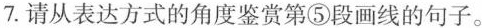
7.请从表达方式的角度鉴赏第⑤段画线的句子。